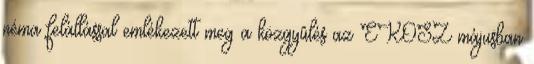
néma felállással emlékezett meg a közgyûlés az EKOSZ májusban